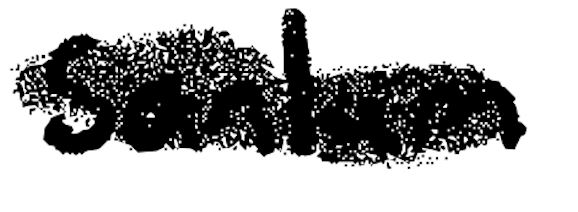
Text: Sanlam
Cross-out: scratch
Writing tool: digital_black